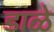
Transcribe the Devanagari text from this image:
डाळे